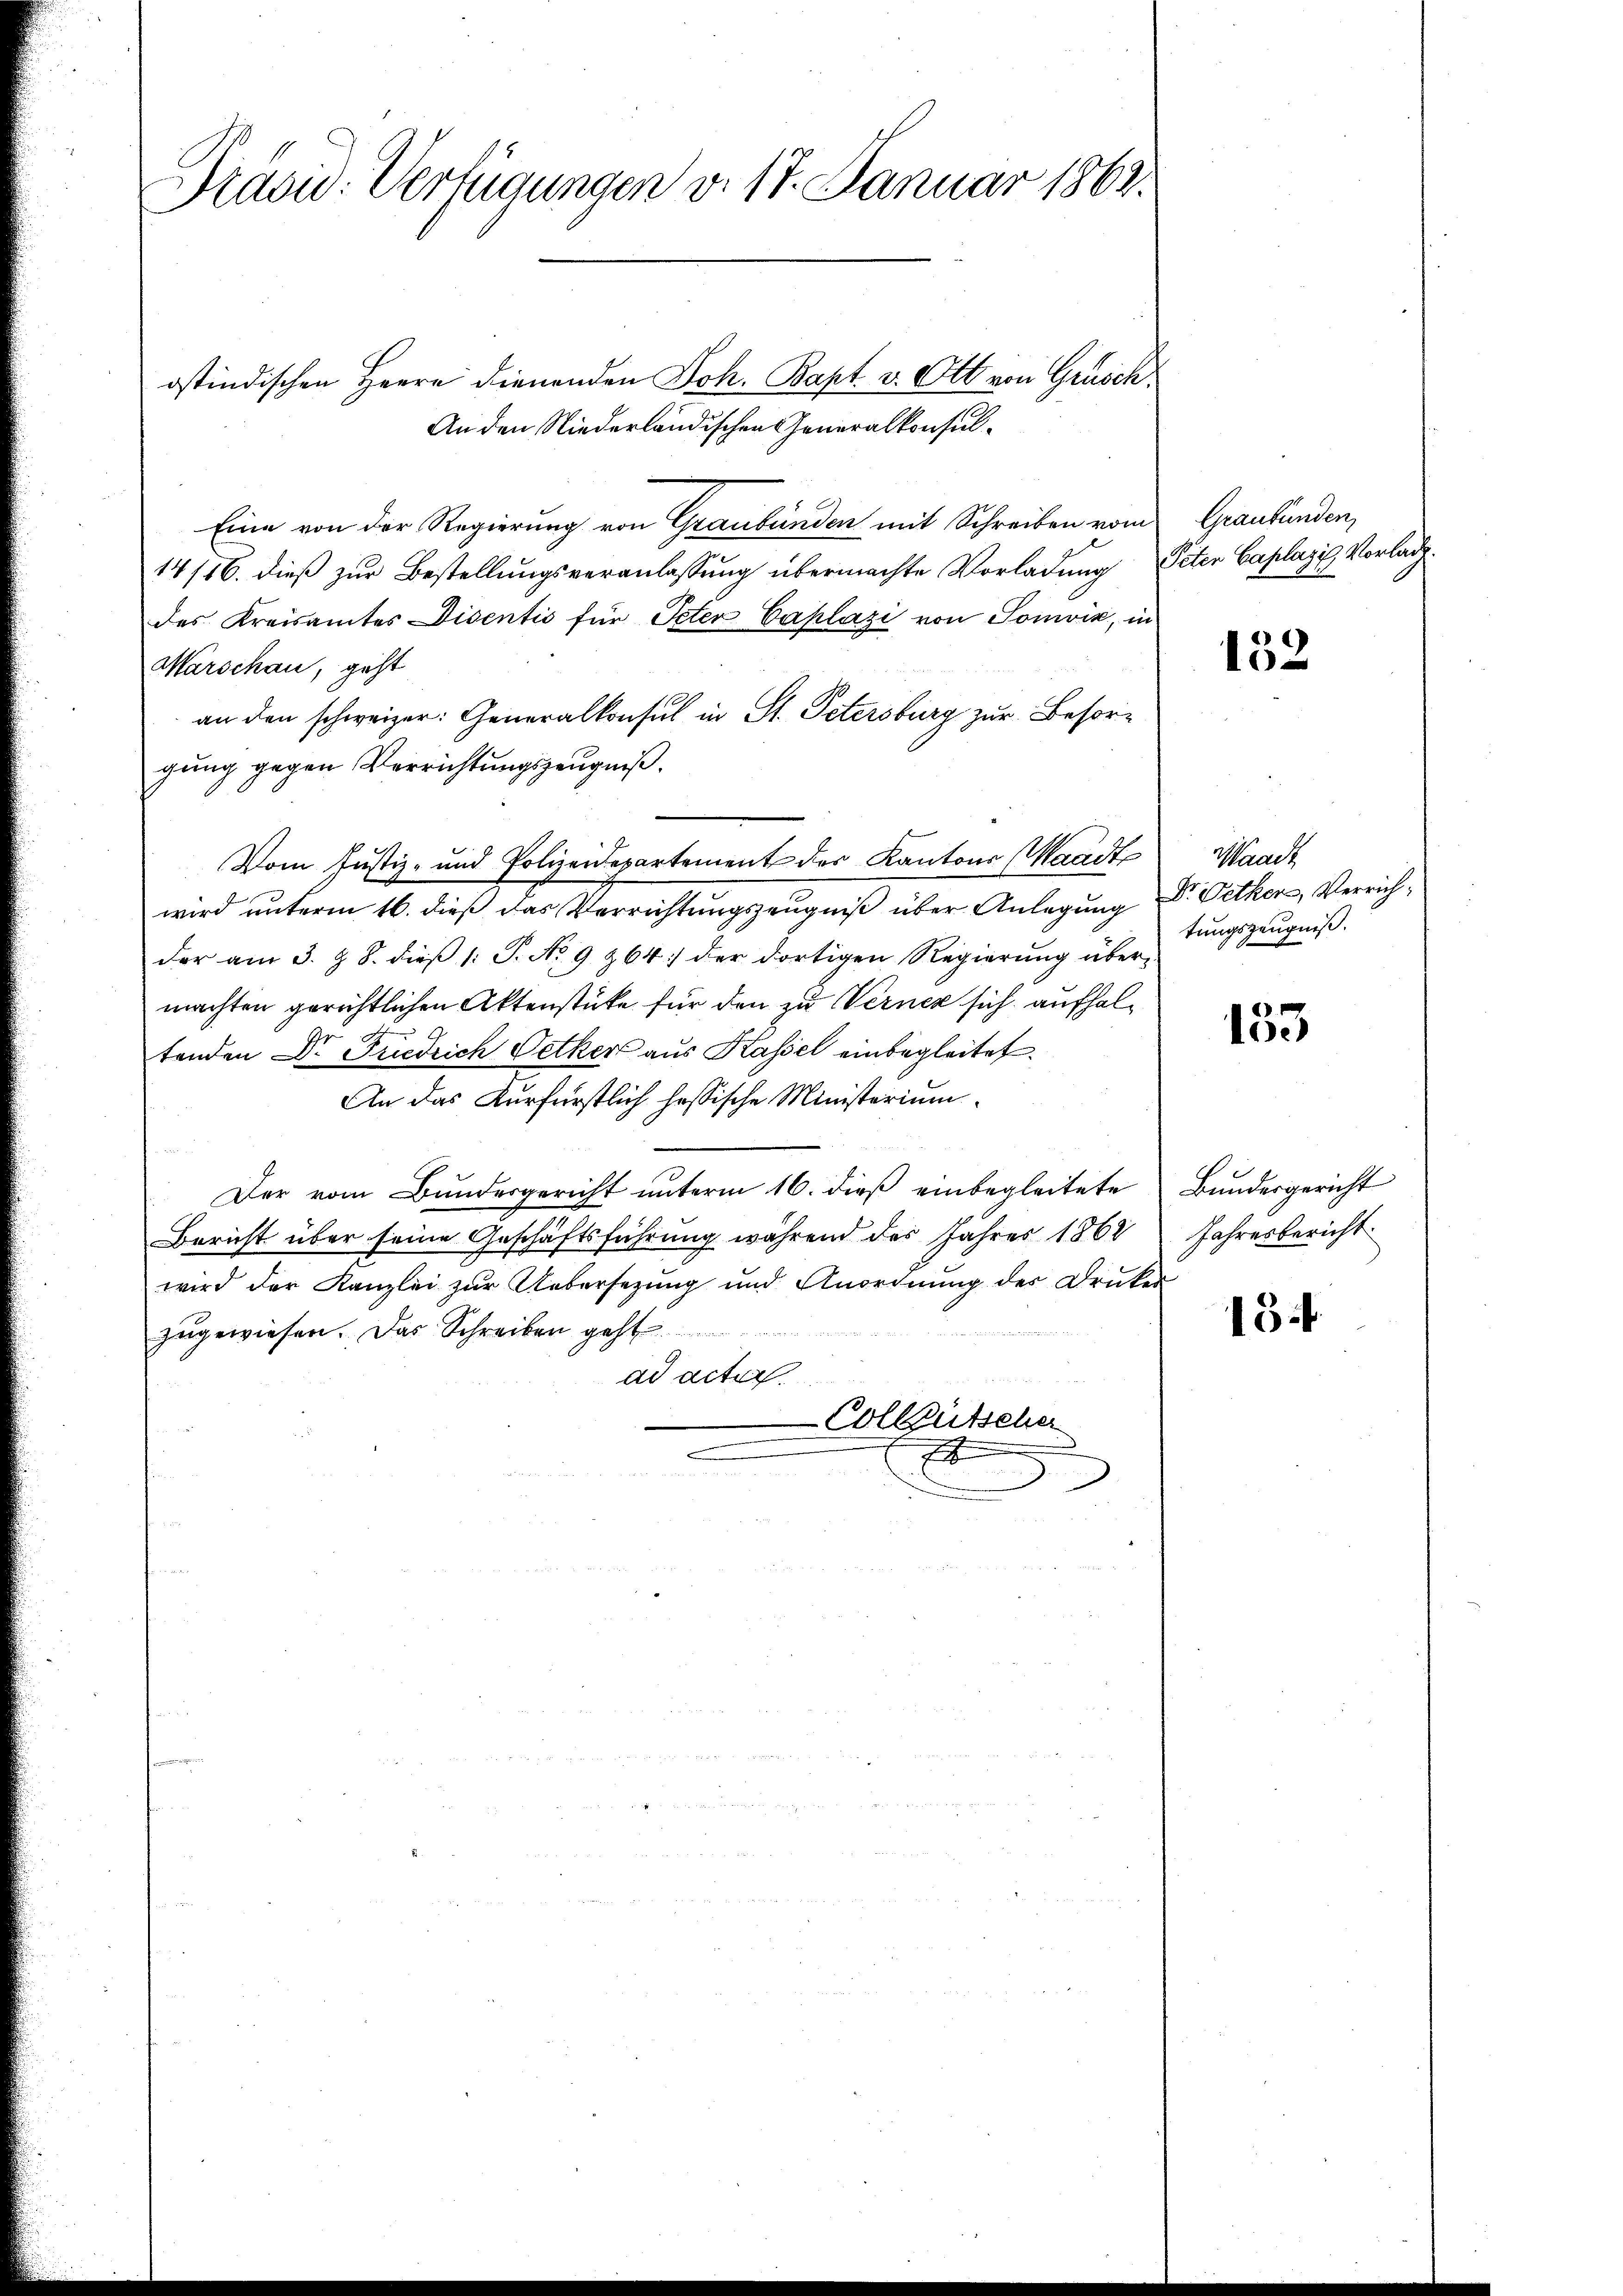
Pradw. Verfügungen d. 17. Januar 1863.

ostindischen Herrn Dienenden Joh. Bapt. v. Ott von Grüsch¬
An den Niederländischen Generalkonsul¬
Eine von der Regierung von Graubünden mit Schreiben vom
14/16. dieß zur Bestellungsveranlassung übermachte Vorladung Peter Caplazi Vorladdes Kreisamtes Disentis für Peter Caplazi von Sonvik, in
Marschau, geht
an den schweizer: Generalkonsul in St. Petersburg zur Besorgung gegen Verrichtungszeugniß.
Vom Justiz- und Polizeidepartement des Kantons (Waadt
wird unterm 16. dieß das Verrichtungszeugniß über Anlegung
der am 3. & 8. dieß (: P. No 9 264 der dortigen Regierung über-
machten gerichtlichen Aktenstüke für den zu Verner sich aufhald
tenden Dr. Friedrich Oetker aus Kassel einbegleitet.
An das Kurfürstlich hessische Ministerium
Der vom Bŭndesgericht ŭnterm 16. dieβ einbegleitete Bŭndesgericht
Bericht über seine Geschäftsführung während des Jahres 1862 Jahresbericht
wird der Kanzlei zŭr Uebersetzung und Anordnŭng des Druker
zugewiesen. Das Schreiben geht
ad acte.
-Collgütscher
.

Graubünden,

152

Waadt
Dr. Pethen, Verrichtungszeugniß.

133

18